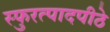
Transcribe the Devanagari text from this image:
स्फुरत्पादपीठे